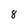
Character: 8